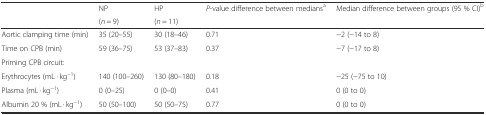
<table><thead><tr><td></td><td><b>NP</b></td><td><b>HP</b></td><td><b><i>P</i>-value difference between medians<sup>a</sup></b></td><td><b>Median difference between groups (95 % CI)<sup>b</sup></b></td></tr><tr><td></td><td><b>(<i>n</i> = 9)</b></td><td><b>(<i>n</i> = 11)</b></td><td></td><td></td></tr></thead><tbody><tr><td>Aortic clamping time (min)</td><td>35 (20–55)</td><td>30 (18–46)</td><td>0.71</td><td>−2 (−14 to 8)</td></tr><tr><td>Time on CPB (min)</td><td>59 (36–75)</td><td>53 (37–83)</td><td>0.37</td><td>−7 (−17 to 8)</td></tr><tr><td>Priming CPB circuit:</td><td></td><td></td><td></td><td></td></tr><tr><td>Erythrocytes (mL · kg<sup>−1</sup>)</td><td>140 (100–260)</td><td>130 (80–180)</td><td>0.18</td><td>−25 (−75 to 10)</td></tr><tr><td>Plasma (mL · kg<sup>−1</sup>)</td><td>0 (0–25)</td><td>0 (0–0)</td><td>0.41</td><td>0 (0 to 0)</td></tr><tr><td>Albumin 20 % (mL · kg<sup>−1</sup>)</td><td>50 (50–100)</td><td>50 (50–75)</td><td>0.77</td><td>0 (0 to 0)</td></tr></tbody></table>